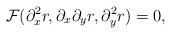
LaTeX: \begin{align*}{\cal F}(\partial_x^2r,\partial_x\partial_yr,\partial^2_yr)=0,\end{align*}